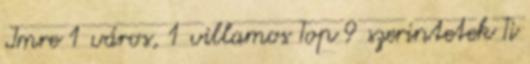
Imre 1 város, 1 villamos Top 9 szerintetek Ti